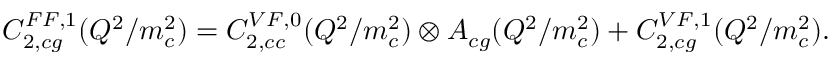
C _ { 2 , c g } ^ { F F , 1 } ( Q ^ { 2 } / m _ { c } ^ { 2 } ) = C _ { 2 , c c } ^ { V F , 0 } ( Q ^ { 2 } / m _ { c } ^ { 2 } ) \otimes A _ { c g } ( Q ^ { 2 } / m _ { c } ^ { 2 } ) + C _ { 2 , c g } ^ { V F , 1 } ( Q ^ { 2 } / m _ { c } ^ { 2 } ) .